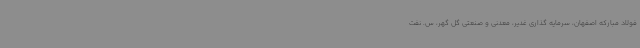
فولاد مبارکه اصفهان، سرمایه گذاری غدیر، معدنی و صنعتی گل گهر، س. نفت